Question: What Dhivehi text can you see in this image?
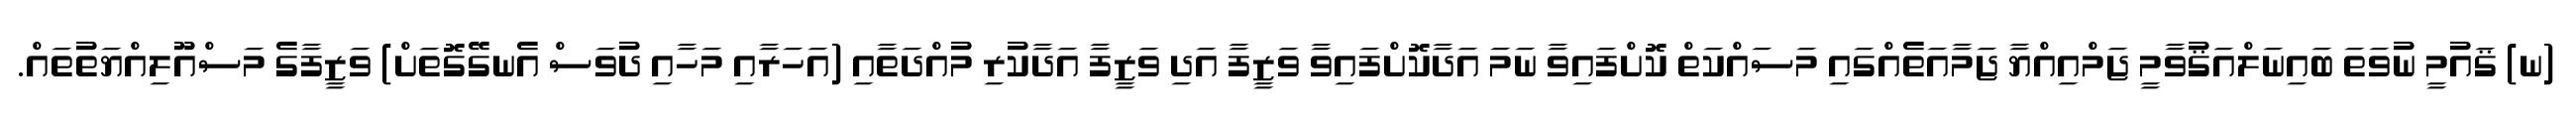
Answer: (ނ) ޤައުމީ ނުވަތަ ބައިނަލްއަޤުވާމީ ޖަމްއިއްޔާ ޖަމާއަތެއްގައި މަސައްކަތް ކޮށްފައިވާ ނަމަ އަދާކޮށްފައިވާ ވަޒީފާ އަދި ވަޒީފާ އަދާކުރި މުއްދަތާއި (އަހަރާއި މަހާއި ދުވަސް އެނގޭގޮތަށް) ވަޒީފާގެ މަސްއޫލިއްޔަތުތައް.